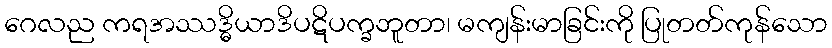
ဂေလည ကရအဿဒ္ဓိယာဒိပဋိပက္ခဘူတာ၊ မကျန်းမာခြင်းကို ပြုတတ်ကုန်သော